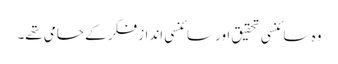
وہ سائنسی تحقیق اور سائنسی انداز فکر کے حامی تھے۔